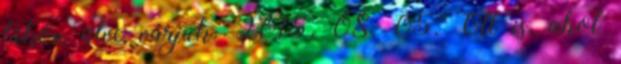
tűkön ülve várjuk. 2015. 08. 05. Ott is, ahol